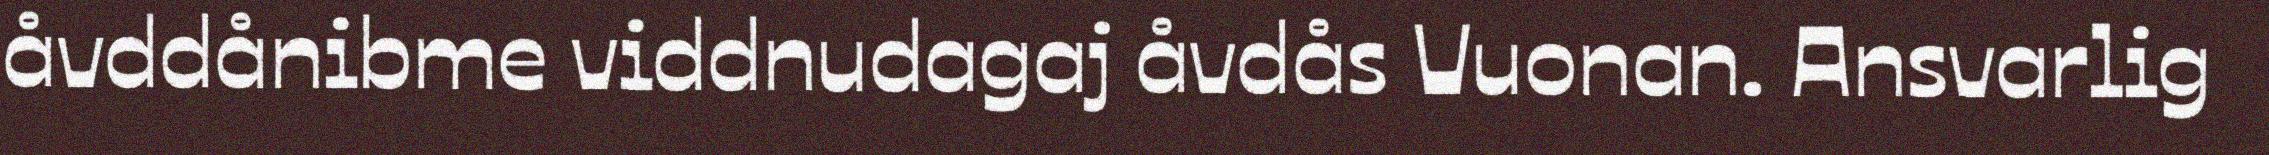
åvddånibme viddnudagaj åvdås Vuonan. Ansvarlig